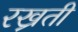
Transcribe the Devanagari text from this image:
रख्रती